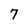
Character: 7